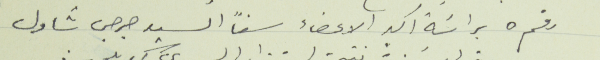
رقم ٥ براسَة اكبر الاعضاء سناً السيد جرجس شَاول